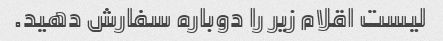
لیست اقلام زیر را دوباره سفارش دهید.